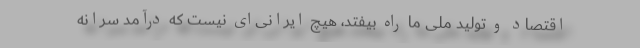
اقتصاد و تولید ملی ما راه بیفتد، هیچ ایرانی‌ای نیست که درآمد سرانه